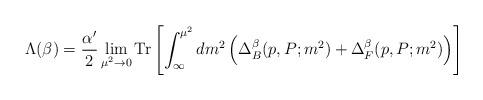
LaTeX: \begin{align*}\Lambda (\beta) = \frac{\alpha^\prime}{2} \lim_{\mu^2 \rightarrow 0} {\rm Tr} \left[ \int_{\infty}^{\mu^2} dm^2 \left( \Delta^\beta_B (p, P; m^2) + \Delta^{\beta}_{F} (p, P; m^2) \right) \right]\end{align*}